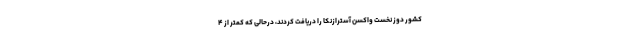
کشور دوز نخست واکسن آسترازنکا را دریافت کردند، درحالی که کمتر از ۴